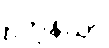
ဥတုနိယာ